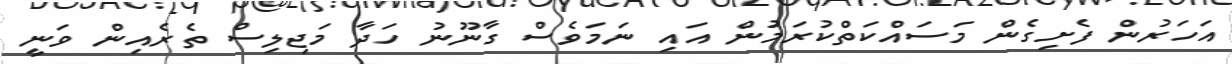
އަހަރުން ފެށިގެން މަސައްކަތްކުރަމުން އައި ނަމަވެސް ގާނޫނު ހަދާ މަޖިލިސް ތެރެއިން ވަނީ